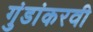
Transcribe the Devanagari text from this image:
गुंडांकरवी